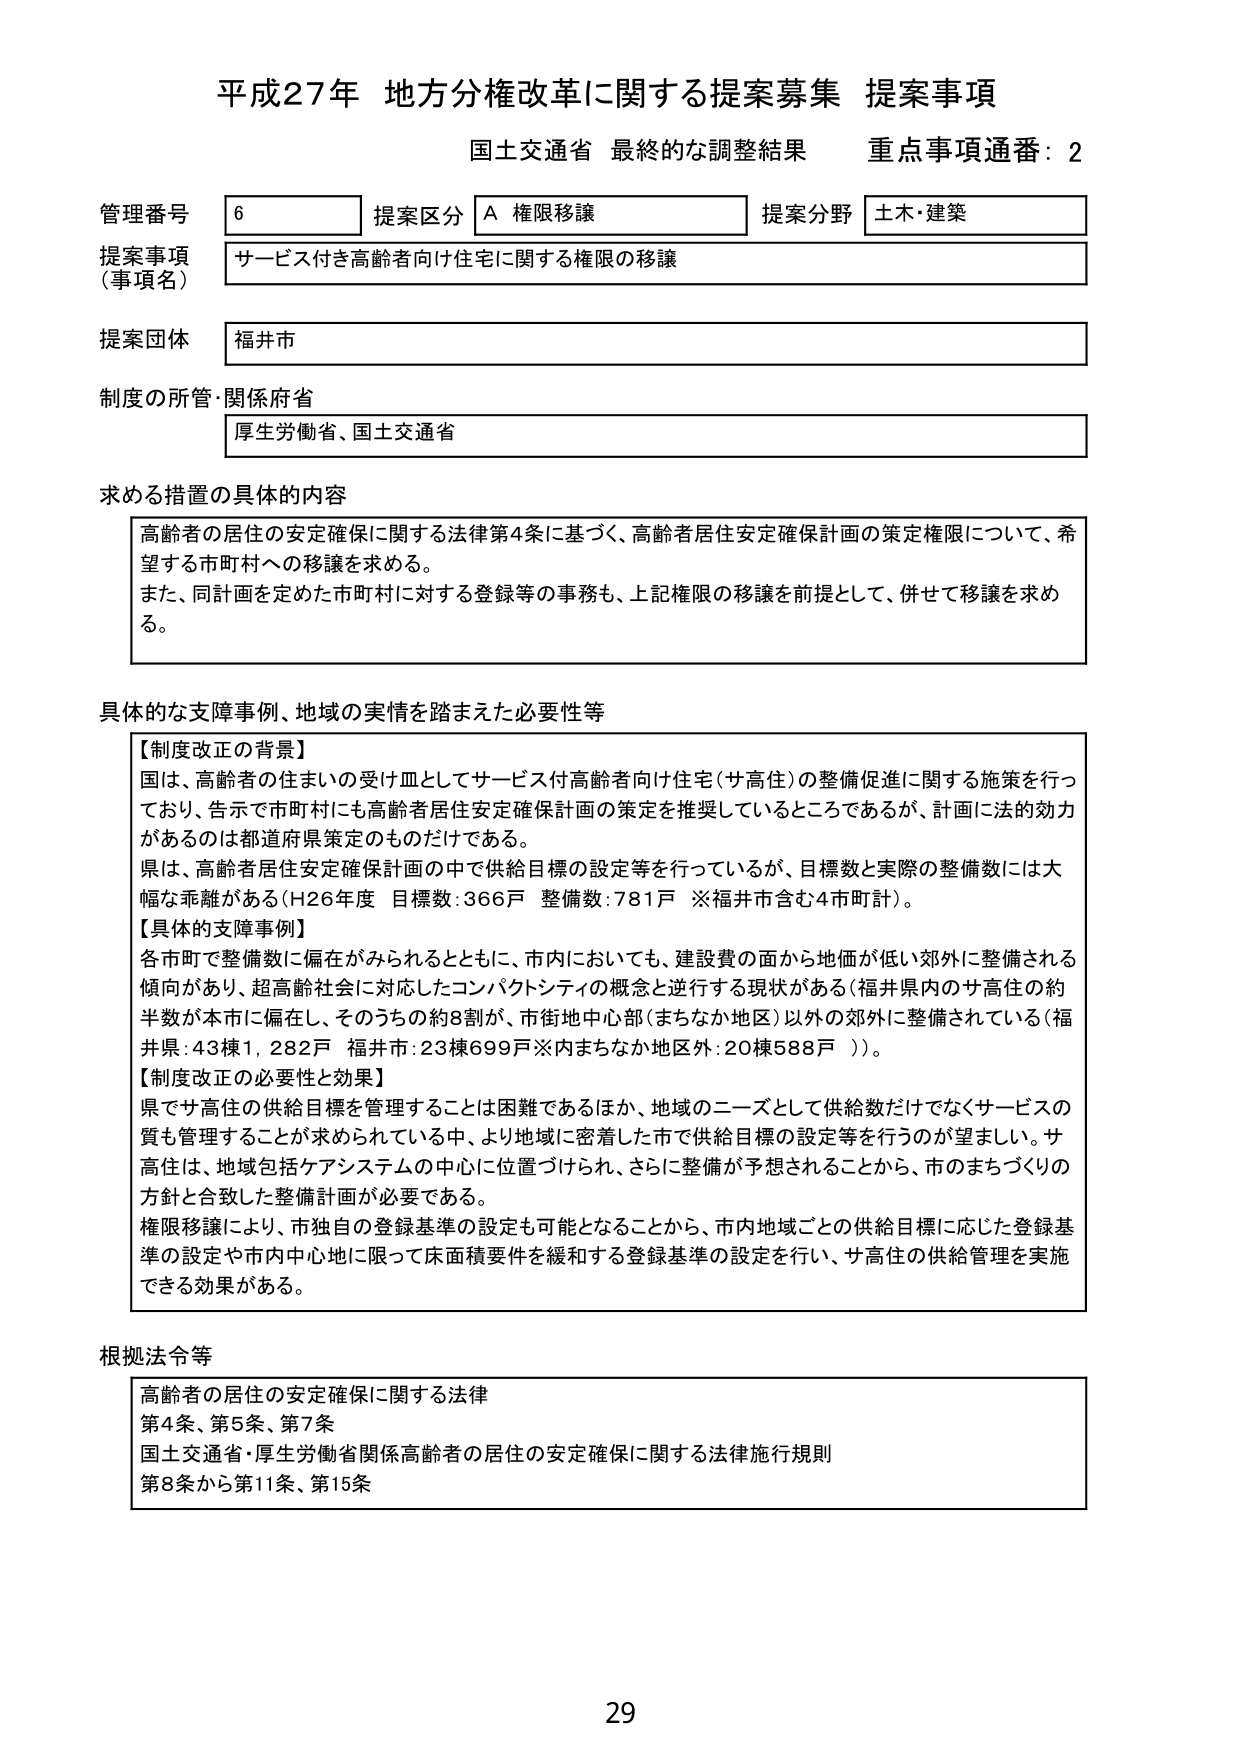
平成27年 地方分権改革に関する提案募集 提案事項
国土交通省 最終的な調整結果 重点事項通番：2

管理番号 6 提案区分 A 権限移譲 提案分野 土木・建築
提案事項（事項名） サービス付き高齢者向け住宅に関する権限の移譲
提案団体 福井市
制度の所管・関係府省 厚生労働省、国土交通省

求める措置の具体的内容
高齢者の居住の安定確保に関する法律第4条に基づく、高齢者居住安定確保計画の策定権限について、希望する市町村への移譲を求める。
また、同計画を定めた市町村に対する登録等の事務も、上記権限の移譲を前提として、併せて移譲を求める。

具体的な支障事例、地域の実情を踏まえた必要性等
【制度改正の背景】
国は、高齢者の住まいの受皿としてサービス付高齢者向け住宅（サ高住）の整備促進に関する施策を行っており、告示で市町村にも高齢者居住安定確保計画の策定を推奨しているところであるが、計画に法的効力があるのは都道府県策定のものだけである。
県は、高齢者居住安定確保計画の中で供給目標の設定等を行っているが、目標数と実際の整備数には大幅な乖離がある（H26年度 目標数：366戸 整備数：781戸 ※福井市含む4市町計）。
【具体的支障事例】
各市町で整備数に偏在がみられるとともに、市内においても、建設費の面から地価が低い郊外に整備される傾向があり、超高齢社会に対応したコンパクトシティの概念と逆行する現状がある（福井県内のサ高住の約半数が本市に偏在し、そのうちの約8割が、市街地中心部（まちなか地区）以外の郊外に整備されている（福井県：43棟1,282戸 福井市：23棟699戸※内まちなか地区外：20棟588戸））。
【制度改正の必要性と効果】
県でサ高住の供給目標を管理することは困難であるほか、地域のニーズとして供給数だけでなくサービスの質も管理することが求められている中、より地域に密着した市で供給目標の設定等を行うのが望ましい。サ高住は、地域包括ケアシステムの中心に位置づけられ、さらに整備が予想されることから、市のまちづくりの方針と合致した整備計画が必要である。
権限移譲により、市独自の登録基準の設定も可能となることから、市内地域ごとの供給目標に応じた登録基準の設定や市内中心地に限って床面積要件を緩和する登録基準の設定を行い、サ高住の供給管理を実施できる効果がある。

根拠法令等
高齢者の居住の安定確保に関する法律
第4条、第5条、第7条
国土交通省・厚生労働省関係高齢者の居住の安定確保に関する法律施行規則
第8条から第11条、第15条

29